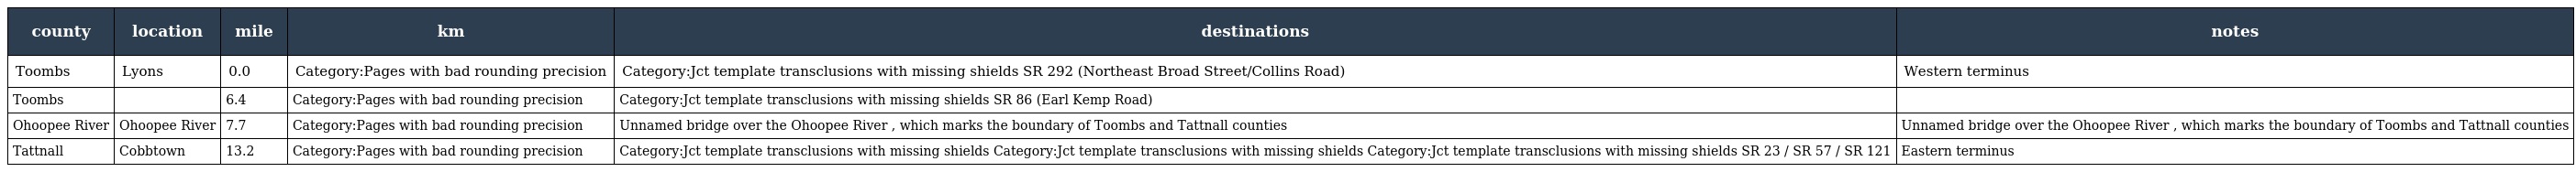
| county | location | mile | km | destinations | notes |
 | --- | --- | --- | --- | --- | --- |
 | Toombs | Lyons | 0.0 | Category:Pages with bad rounding precision | Category:Jct template transclusions with missing shields SR 292 (Northeast Broad Street/Collins Road) | Western terminus |
 | Toombs |  | 6.4 | Category:Pages with bad rounding precision | Category:Jct template transclusions with missing shields SR 86 (Earl Kemp Road) |  |
 | Ohoopee River | Ohoopee River | 7.7 | Category:Pages with bad rounding precision | Unnamed bridge over the Ohoopee River , which marks the boundary of Toombs and Tattnall counties | Unnamed bridge over the Ohoopee River , which marks the boundary of Toombs and Tattnall counties |
 | Tattnall | Cobbtown | 13.2 | Category:Pages with bad rounding precision | Category:Jct template transclusions with missing shields Category:Jct template transclusions with missing shields Category:Jct template transclusions with missing shields SR 23 / SR 57 / SR 121 | Eastern terminus |